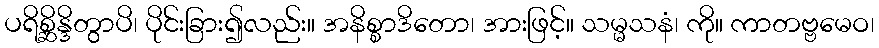
ပရိစ္ဆိန္ဒိတွာပိ၊ ပိုင်းခြား၍လည်း။ အနိစ္စာဒိတော၊ အားဖြင့်။ သမ္မသနံ၊ ကို။ ကာတဗ္ဗမေဝ၊